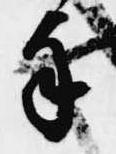
手